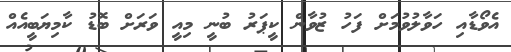
އެވޯޑާއި ހަވާލުވުމަށް ފަހު ޒުވާން ކީޕަރު ބުނީ މިއީ ވަރަށް ބޮޑު ކާމިޔަބީއެއް